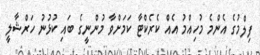
ފިލްމުގެ އެންމެ މުހިއްމު އެއް ކެރެކްޓާ ކަމަށްވާ މުންނީގެ ބައި ކުޅުނު ހަރްޝާލީ